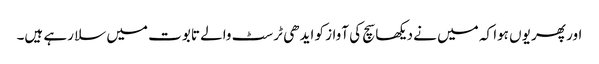
اور پھر یوں ہوا کہ میں نے دیکھا سچ کی آواز کو ایدھی ٹرسٹ والے تابوت میں سلا رہے ہیں۔